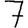
Digit: 7